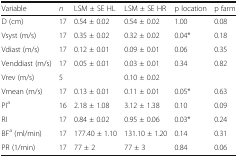
| Variable | n | LSM ± SE HL | LSM ± SE HR | p location | p farm |
 | --- | --- | --- | --- | --- | --- |
 | D (cm) | 17 | 0.54 ± 0.02 | 0.54 ± 0.02 | 1.00 | 0.08 |
 | Vsyst (m/s) | 17 | 0.35 ± 0.02 | 0.32 ± 0.02 | 0.04* | 0.18 |
 | Vdiast (m/s) | 17 | 0.12 ± 0.01 | 0.09 ± 0.01 | 0.06 | 0.35 |
 | Venddiast (m/s) | 17 | 0.05 ± 0.01 | 0.03 ± 0.01 | 0.34 | 0.82 |
 | Vrev (m/s) | 5 |  | 0.10 ± 0.02 |  |  |
 | Vmean (m/s) | 17 | 0.13 ± 0.01 | 0.11 ± 0.01 | 0.05* | 0.63 |
 | PIa | 16 | 2.18 ± 1.08 | 3.12 ± 1.38 | 0.10 | 0.09 |
 | RI | 17 | 0.84 ± 0.02 | 0.95 ± 0.06 | 0.03* | 0.24 |
 | BFa (ml/min) | 17 | 177.40 ± 1.10 | 131.10 ± 1.20 | 0.14 | 0.31 |
 | PR (1/min) | 17 | 77 ± 2 | 77 ± 3 | 0.84 | 0.06 |